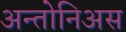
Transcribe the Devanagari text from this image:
अन्तोनिअस